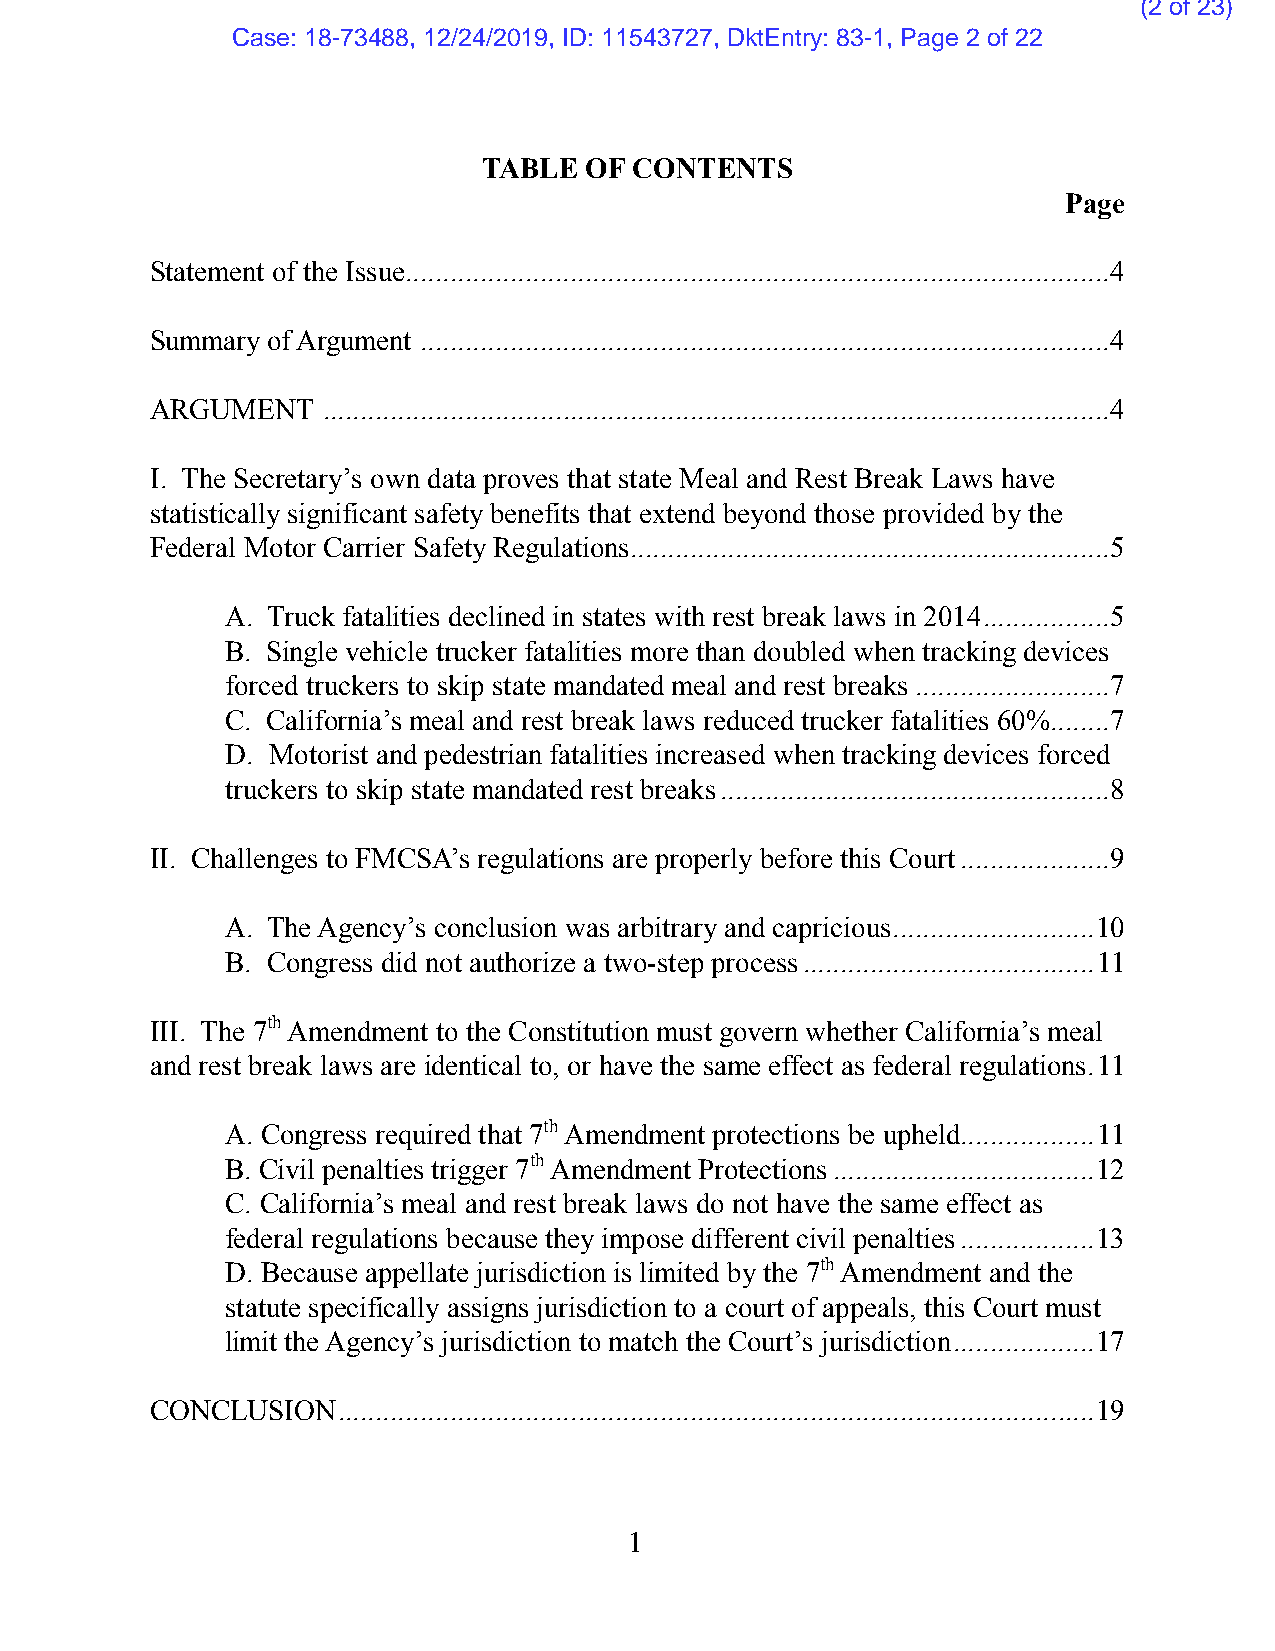
(2 of 23)
 Case: 18-73488, 12/24/2019, ID: 11543727, DktEntry: 83-1, Page 2 of 22
 TABLE  OF CONTENTS
 Page
 Statement of the Issue ..............................................................................................4
 Summary of Argument ............................................................................................4
 ARGUMENT   .........................................................................................................4
 I. The Secretary’s own data proves that state Meal and Rest Break Laws have
 statistically significant safety benefits that extend beyond those provided by the
 Federal Motor Carrier Safety Regulations ................................................................5
 A. Truck fatalities declined in states with rest break laws in 2014 .................5
 B. Single vehicle trucker fatalities more than doubled when tracking devices
 forced truckers to skip state mandated meal and rest breaks ..........................7
 C. California’s meal and rest break laws reduced trucker fatalities 60% ........7
 D. Motorist and pedestrian fatalities increased when tracking devices forced
 truckers to skip state mandated rest breaks ....................................................8
 II. Challenges to FMCSA’s regulations are properly before this Court ....................9
 A. The Agency’s conclusion was arbitrary and capricious ...........................10
 B. Congress did not authorize a two-step process .......................................11
 III. The 7th Amendment to the Constitution must govern whether California’s meal
 and rest break laws are identical to, or have the same effect as federal regulations. 11
 A. Congress required that 7th Amendment protections be upheld ..................11
 B. Civil penalties trigger 7th Amendment Protections ...................................12
 C. California’s meal and rest break laws do not have the same effect as
 federal regulations because they impose different civil penalties ..................13
 D. Because appellate jurisdiction is limited by the 7th Amendment and the
 statute specifically assigns jurisdiction to a court of appeals, this Court must
 limit the Agency’s jurisdiction to match the Court’s jurisdiction ...................17
 CONCLUSION  .....................................................................................................19
 1